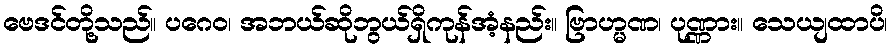
ဗေဒင်တို့သည်။ ပဂေဝ၊ အဘယ်ဆိုဘွယ်ရှိကုန်အံ့နည်း။ ဗြာဟ္မဏ၊ ပုဏ္ဏား။ သေယျထာပိ၊